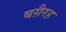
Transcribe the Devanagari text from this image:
बग़ैरह